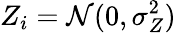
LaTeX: Z_{i}=\mathcal{N}(0,\sigma_{Z}^{2})